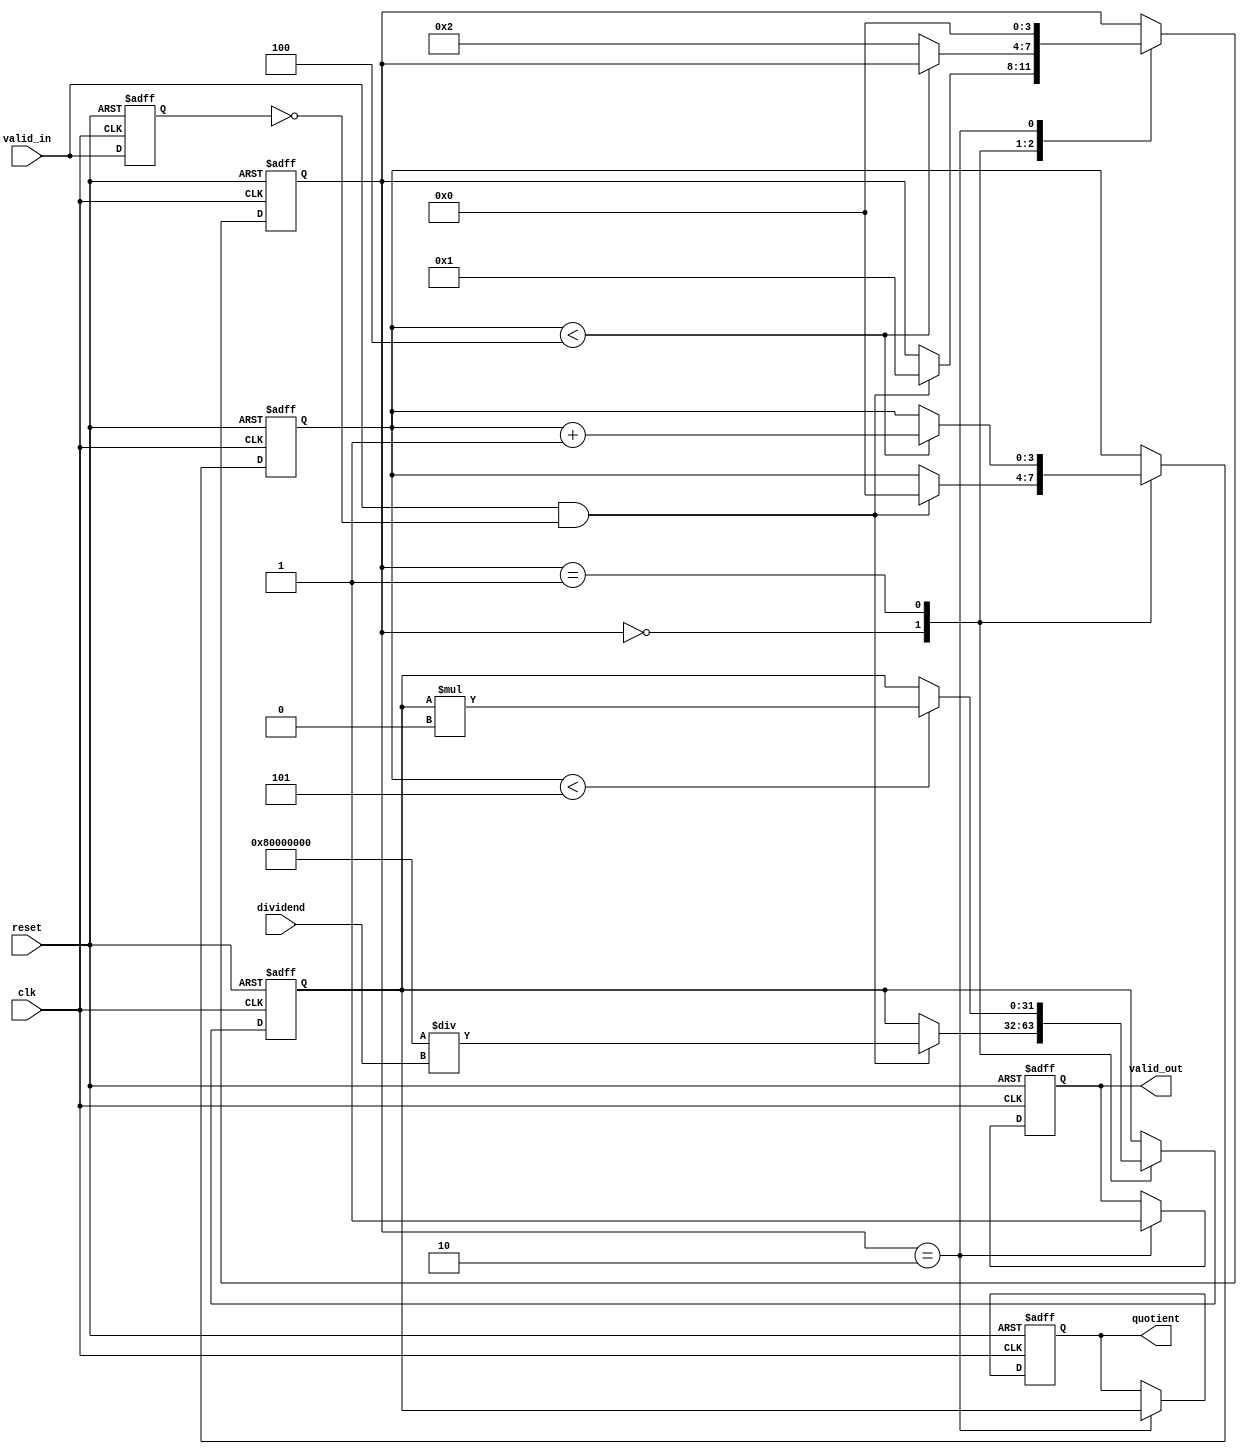
module ReciprocalUnit #(
    parameter DATA_WIDTH = 32,
    parameter ITERATIONS = 5
)(
    input  wire clk,
    input  wire reset,
    input  wire valid_in,
    input  wire [DATA_WIDTH-1:0] dividend,
    output reg [DATA_WIDTH-1:0] quotient,
    output reg valid_out
);

    // Internal signals
    reg [DATA_WIDTH-1:0] approx;  // Current approximation
    reg [DATA_WIDTH-1:0] next_approx; // Next approximation
    reg [3:0] state;                // FSM state
    reg [3:0] iteration_count;      // Iteration counter
    reg valid_in_d;                 // Delayed valid signal for edge detection

    // State encoding
    localparam IDLE     = 3'b000;
    localparam COMPUTE  = 3'b001;
    localparam OUTPUT    = 3'b010;

    // Initial guess for reciprocal (using bit manipulation)
    function [DATA_WIDTH-1:0] initial_guess(input [DATA_WIDTH-1:0] x);
        begin
            initial_guess = (1 << (DATA_WIDTH - 1)) / x; // Simple bit shift for initial guess
        end
    endfunction

    // Newton-Raphson iteration for approximation
    always @* begin
        if (iteration_count < ITERATIONS) begin
            // Update approximation: new approx = approx * (2 - x * approx)
            next_approx = approx * ((1 << DATA_WIDTH) - (dividend * approx >> DATA_WIDTH));
        end else begin
            next_approx = approx; // Keep the same value after iterations
        end
    end

    // State machine
    always @(posedge clk or posedge reset) begin
        if (reset) begin
            state <= IDLE;
            quotient <= 0;
            valid_out <= 0;
            approx <= 0;
            iteration_count <= 0;
            valid_in_d <= 0;
        end else begin
            valid_in_d <= valid_in; // Delay valid signal

            case (state)
                IDLE: begin
                    if (valid_in && !valid_in_d) begin
                        approx <= initial_guess(dividend); // Initial guess
                        iteration_count <= 0;
                        state <= COMPUTE;
                    end
                end
                COMPUTE: begin
                    approx <= next_approx; // Update approximation
                    if (iteration_count < ITERATIONS - 1) begin
                        iteration_count <= iteration_count + 1; // Increment iteration count
                    end else begin
                        state <= OUTPUT; // Move to output state after iterations
                    end
                end
                OUTPUT: begin
                    quotient <= approx; // Assign final quotient
                    valid_out <= 1;     // Signal output is valid
                    state <= IDLE;      // Return to idle state
                end
            endcase
        end
    end

endmodule